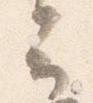
云